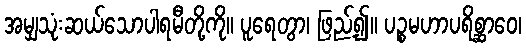
အမျှသုံးဆယ်သောပါရမီတို့ကို။ ပူရေတွာ၊ ဖြည့်၍။ ပဉ္စမဟာပရိစ္ဆာဝေ၊